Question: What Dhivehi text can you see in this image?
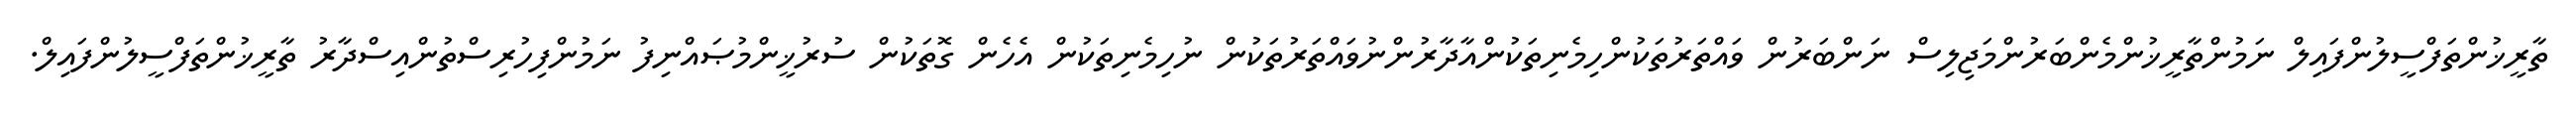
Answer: ތާރީޚުންތަފްސީލުންފައިލް ނަމުންތާރީޚުންމެންބަރުންމަޖިލިސް ނަންބަރުން ވައްތަރުތަކުންހިމެނިތަކުންއާދާރުންނުވައްތަރުތަކުން ނުހިމެނިތަކުން އެހެން ގޮތަކުން ސުރުޚީންމުޞައްނިފު ނަމުންފިހުރިސްތުންއިސްދާރު ތާރީޚުންތަފްސީލުންފައިލް.